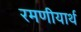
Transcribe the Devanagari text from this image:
रमणीयार्थ